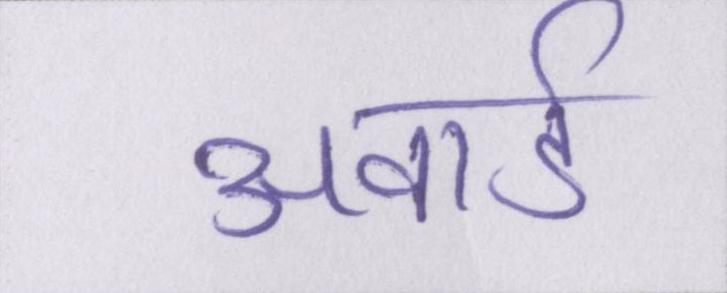
अवार्ड